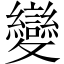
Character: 變